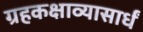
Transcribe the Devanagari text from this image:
ग्रहकक्षाव्यासार्धं